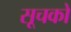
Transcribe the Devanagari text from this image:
सूचको